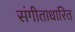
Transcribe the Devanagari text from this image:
संगीताधारित